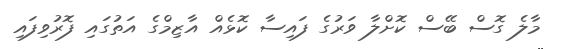
މާލެ ގޮސް ބޭސް ކޮށްލާ ވަރުގެ ފައިސާ ކޮޅެއް އާޒިމްގެ އަތުގައި ފޮރުވިފައި